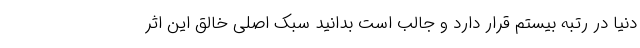
دنیا در رتبه بیستم قرار دارد و جالب است بدانید سبک اصلی خالق این اثر